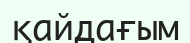
қайдағым